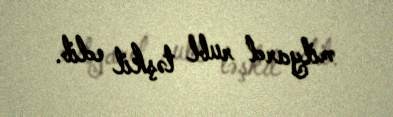
milyard rubl təşkil edib.